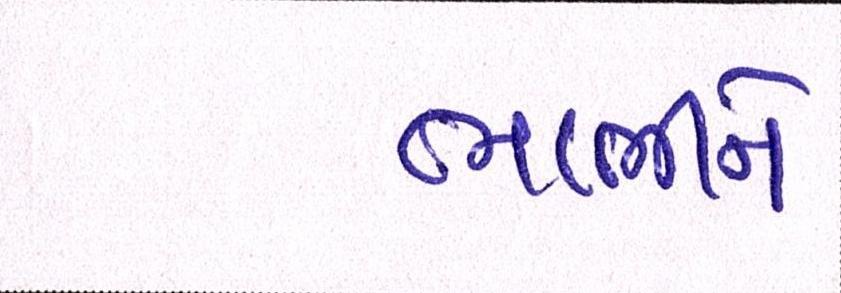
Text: ભાભીને